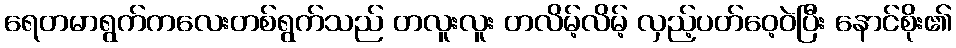
ရေတမာရွက်ကလေးတစ်ရွက်သည် တလူးလူး တလိမ့်လိမ့် လှည့်ပတ်ဝေ့ဝဲပြီး နောင်စိုး၏